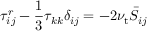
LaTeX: \tau _ { i j } ^ { r } - { \frac { 1 } { 3 } } \tau _ { k k } \delta _ { i j } = - 2 \nu _ { \mathrm { t } } { \bar { S } } _ { i j }